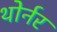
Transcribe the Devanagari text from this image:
थोर्नर